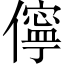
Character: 儜